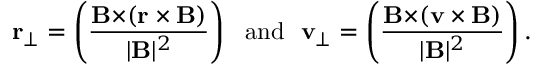
{ \bf r } _ { \perp } = \left( { \frac { { \bf B \times } ( { \bf r \times B } ) } { | { \bf B } | ^ { 2 } } } \right) \ \ \mathrm { a n d } \ \ { \bf v } _ { \perp } = \left( { \frac { { \bf B \times } ( { \bf v \times B } ) } { | { \bf B } | ^ { 2 } } } \right) .